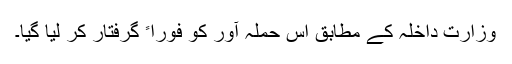
وزارت داخلہ کے مطابق اس حملہ آور کو فوراﹰ گرفتار کر لیا گیا۔